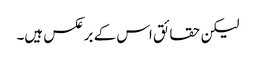
لیکن حقائق اس کے برعکس ہیں۔